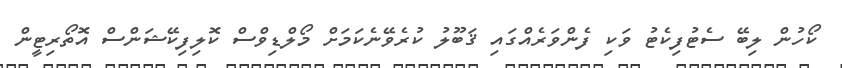
ކޯހުން ލިބޭ ސެޓުފިކެޓު ވަކި ފެންވަރެއްގައި ޤަބޫލު ކުރެވޭނެކަމަށް މޯލްޑިވްސް ކޮލިފިކޭޝަންސް އޮތޯރިޓީން